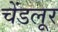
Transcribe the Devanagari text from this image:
चेंडलूर